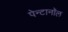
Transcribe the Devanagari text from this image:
पेन्टानॉल